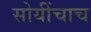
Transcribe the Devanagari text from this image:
सोयींचाच